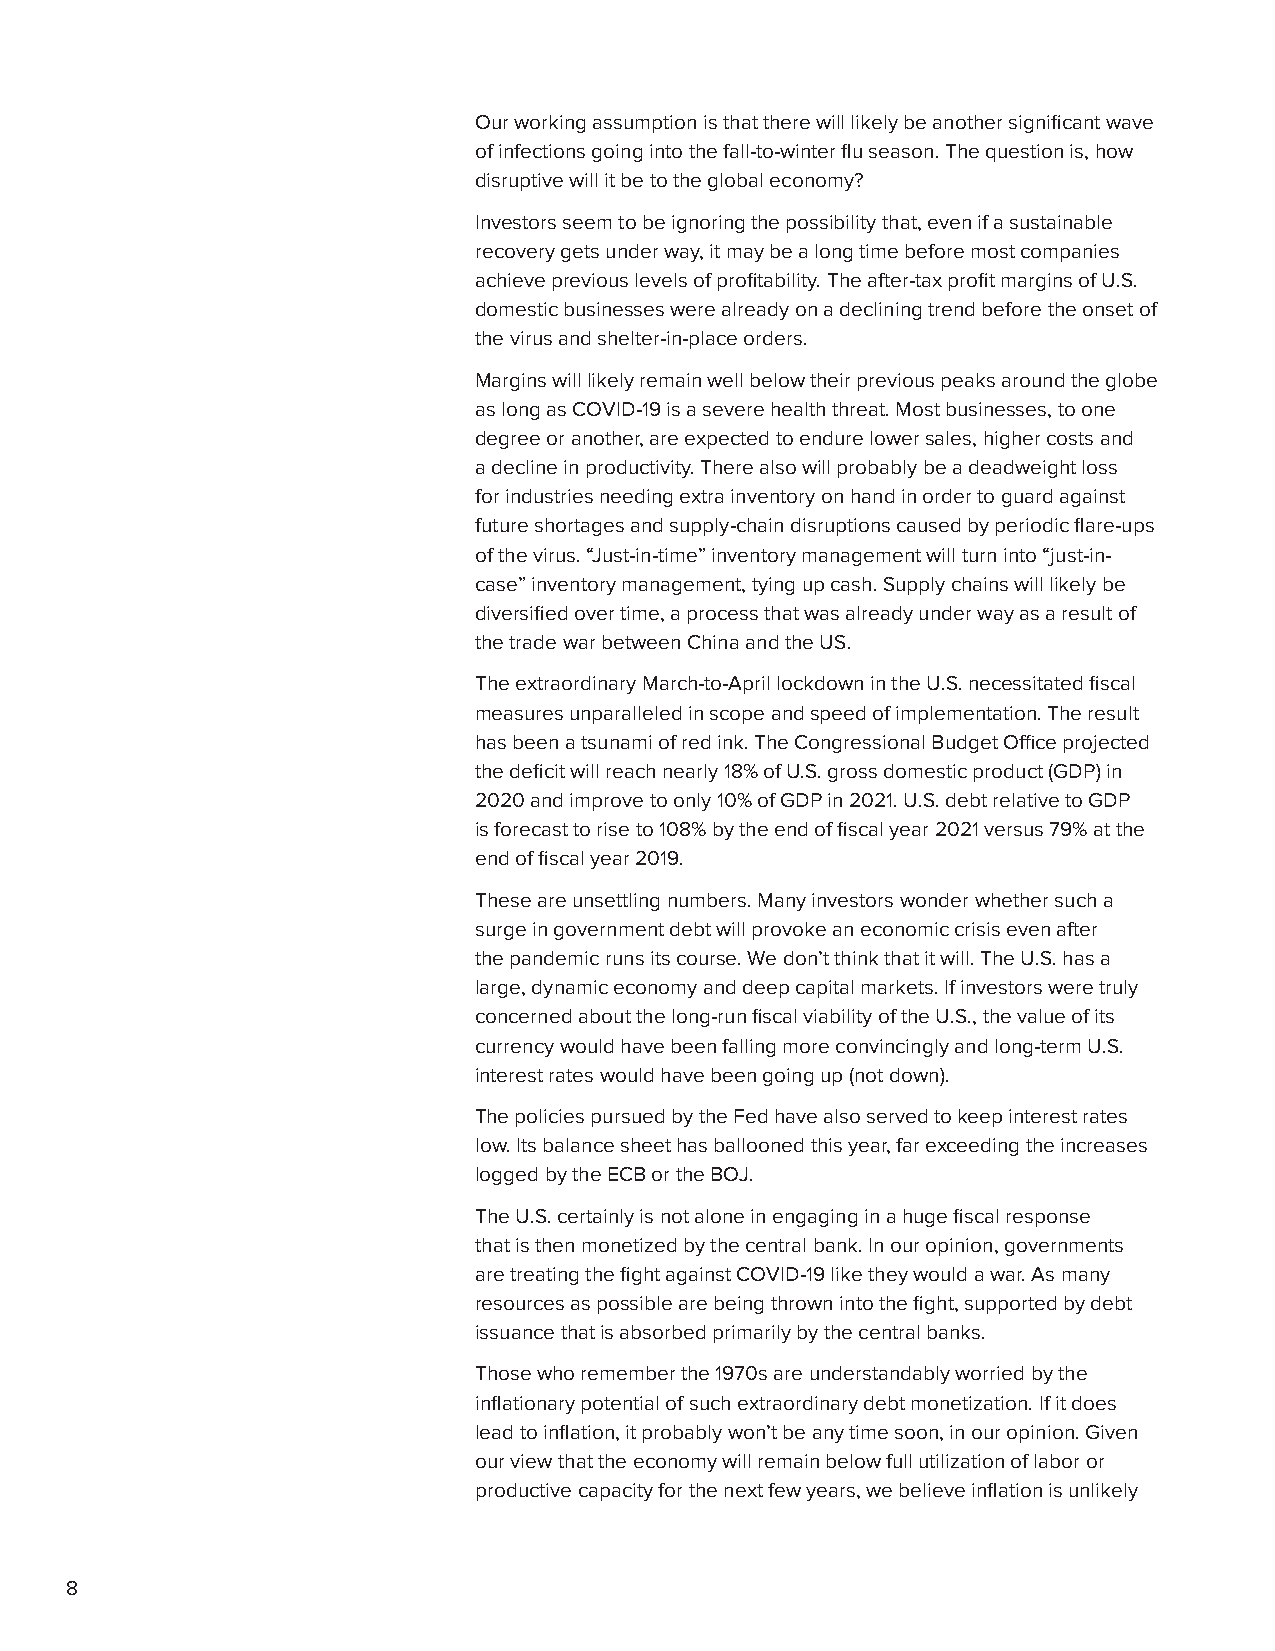
Our working assumption is that there will likely be another significant wave
 of infections going into the fall-to-winter flu season. The question is, how
 disruptive will it be to the global economy?
 Investors seem to be ignoring the possibility that, even if a sustainable
 recovery gets under way, it may be a long time before most companies
 achieve previous levels of profitability. The after-tax profit margins of U.S.
 domestic businesses were already on a declining trend before the onset of
 the virus and shelter-in-place orders.
 Margins will likely remain well below their previous peaks around the globe
 as long as COVID-19 is a severe health threat. Most businesses, to one
 degree or another, are expected to endure lower sales, higher costs and
 a decline in productivity. There also will probably be a deadweight loss
 for industries needing extra inventory on hand in order to guard against
 future shortages and supply-chain disruptions caused by periodic flare-ups
 of the virus. “Just-in-time” inventory management will turn into “just-in-
 case” inventory management, tying up cash. Supply chains will likely be
 diversified over time, a process that was already under way as a result of
 the trade war between China and the US.
 The extraordinary March-to-April lockdown in the U.S. necessitated fiscal
 measures unparalleled in scope and speed of implementation. The result
 has been a tsunami of red ink. The Congressional Budget Office projected
 the deficit will reach nearly 18% of U.S. gross domestic product (GDP) in
 2020 and improve to only 10% of GDP in 2021. U.S. debt relative to GDP
 is forecast to rise to 108% by the end of fiscal year 2021 versus 79% at the
 end of fiscal year 2019.
 These are unsettling numbers. Many investors wonder whether such a
 surge in government debt will provoke an economic crisis even after
 the pandemic runs its course. We don’t think that it will. The U.S. has a
 large, dynamic economy and deep capital markets. If investors were truly
 concerned about the long-run fiscal viability of the U.S., the value of its
 currency would have been falling more convincingly and long-term U.S.
 interest rates would have been going up (not down).
 The policies pursued by the Fed have also served to keep interest rates
 low. Its balance sheet has ballooned this year, far exceeding the increases
 logged by the ECB or the BOJ.
 The U.S. certainly is not alone in engaging in a huge fiscal response
 that is then monetized by the central bank. In our opinion, governments
 are treating the fight against COVID-19 like they would a war. As many
 resources as possible are being thrown into the fight, supported by debt
 issuance that is absorbed primarily by the central banks.
 Those who remember the 1970s are understandably worried by the
 inflationary potential of such extraordinary debt monetization. If it does
 lead to inflation, it probably won’t be any time soon, in our opinion. Given
 our view that the economy will remain below full utilization of labor or
 productive capacity for the next few years, we believe inflation is unlikely
 8